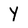
Character: Y